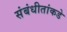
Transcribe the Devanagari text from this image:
संबंधीतांकडे